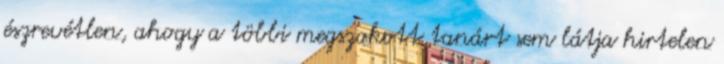
észrevétlen, ahogy a többi megszokott tanárt sem látja hirtelen